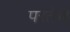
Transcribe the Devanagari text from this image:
परतेच